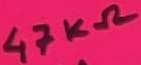
Text: 47KΩ